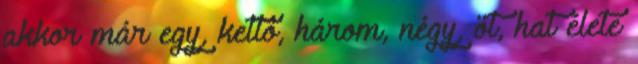
akkor már egy, kettő, három, négy, öt, hat élete